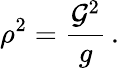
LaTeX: \rho^{2}=\frac{{\cal G}^{2}}{g}\, .